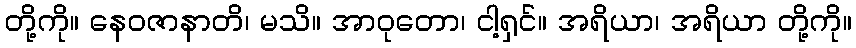
တို့ကို။ နေဝဇာနာတိ၊ မသိ။ အာဝုတော၊ ငါ့ရှင်။ အရိယာ၊ အရိယာ တို့ကို။